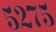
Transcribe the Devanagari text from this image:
५२७५